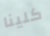
كلينا